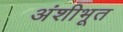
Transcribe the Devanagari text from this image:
अंशीभूत